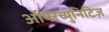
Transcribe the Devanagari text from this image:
ऑपरच्युनिटिज़